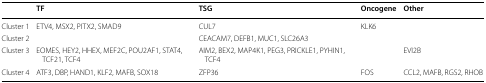
<table><thead><tr><td></td><td><b>TF</b></td><td><b>TSG</b></td><td><b>Oncogene</b></td><td><b>Other</b></td></tr></thead><tbody><tr><td>Cluster 1</td><td>ETV4, MSX2, PITX2, SMAD9</td><td>CUL7</td><td>KLK6</td><td></td></tr><tr><td>Cluster 2</td><td></td><td>CEACAM7, DEFB1, MUC1, SLC26A3</td><td></td><td></td></tr><tr><td>Cluster 3</td><td>EOMES, HEY2, HHEX, MEF2C, POU2AF1, STAT4, TCF21, TCF4</td><td>AIM2, BEX2, MAP4K1, PEG3, PRICKLE1, PYHIN1, TCF4</td><td></td><td>EVI2B</td></tr><tr><td>Cluster 4</td><td>ATF3, DBP, HAND1, KLF2, MAFB, SOX18</td><td>ZFP36</td><td>FOS</td><td>CCL2, MAFB, RGS2, RHOB</td></tr></tbody></table>